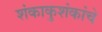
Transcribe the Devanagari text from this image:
शंकाकुशंकांचे